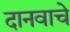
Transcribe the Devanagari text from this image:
दानवाचे